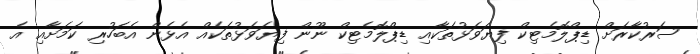
ސަރުކާރަށް ޑިޕްލޮމެޓިކް ފިޔަވަޅުތަކާއި ޑިޕްލޮމެޓިކް ނޫން ފިޔަވަޅުތަކެއް އެޅެން އެބަހުރި ކަމަށާއި އެ